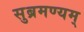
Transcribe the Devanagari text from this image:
सुब्रमण्यम्